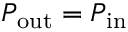
P _ { \mathrm { o u t } } = P _ { \mathrm { i n } }